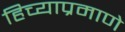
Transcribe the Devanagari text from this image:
हिच्याप्रमाणे